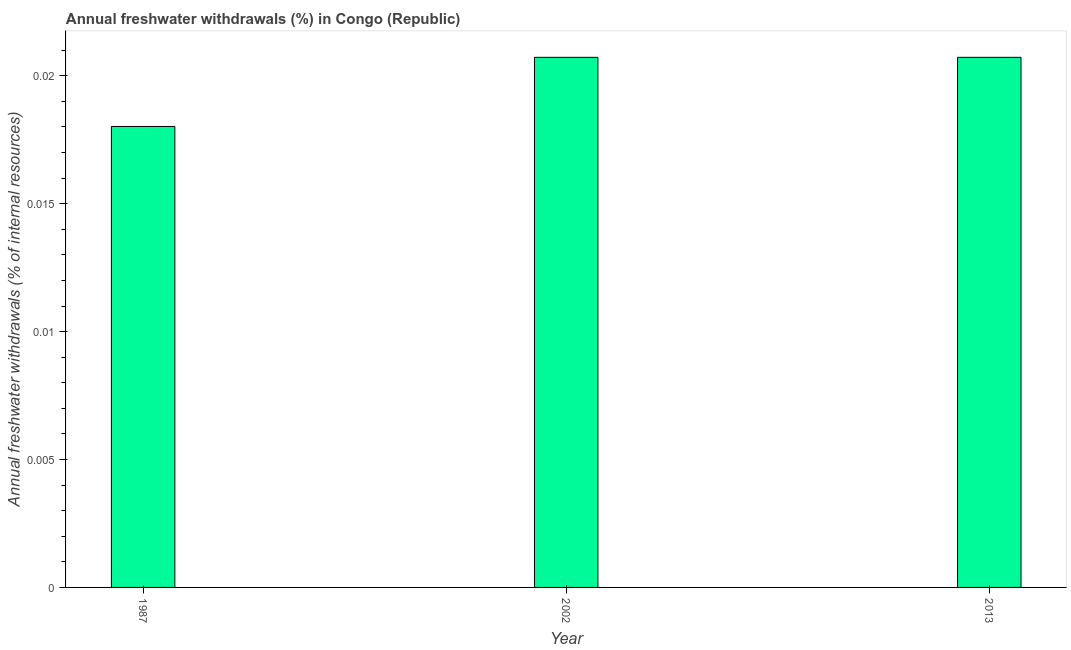
| Year | Annual freshwater withdrawals |
 | --- | --- |
 | 1987 | 0.018 |
 | 2002 | 0.0207 |
 | 2013 | 0.0207 |